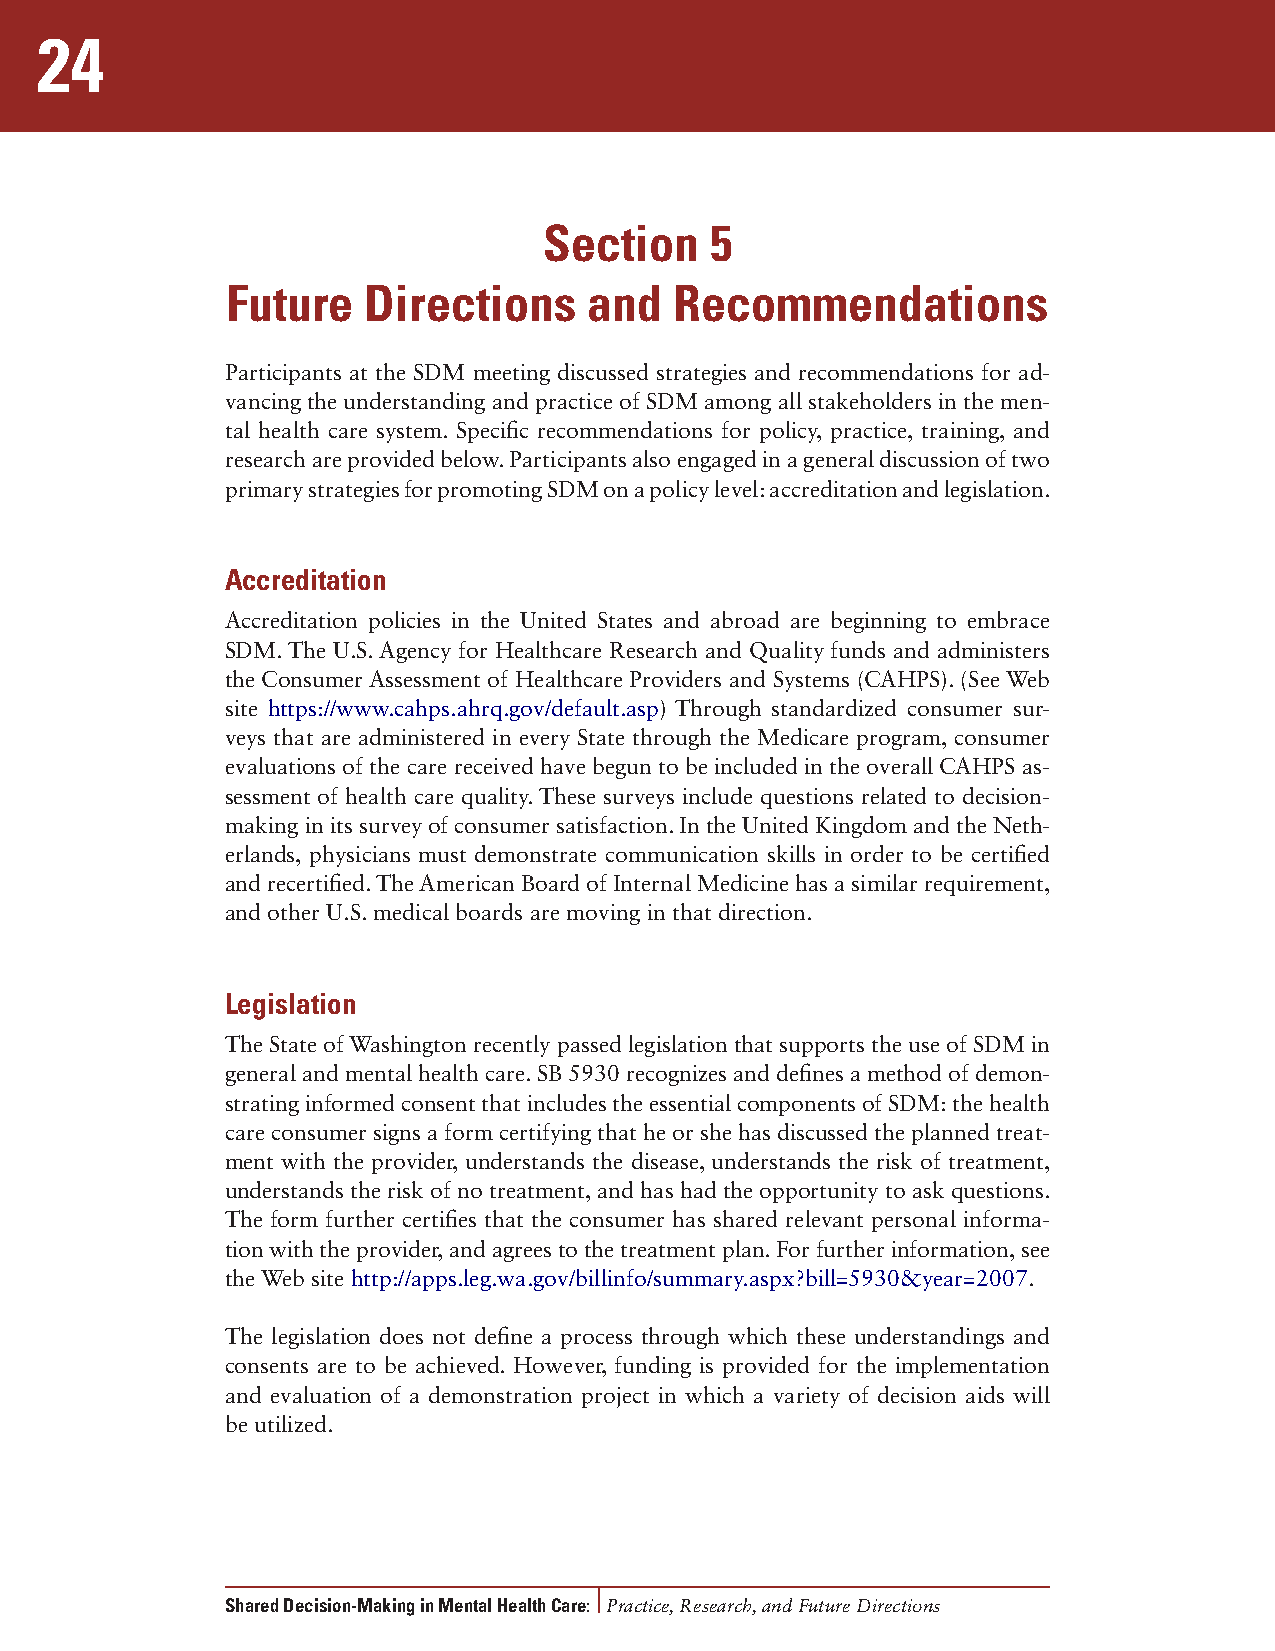
24
 Section    5
 Future   Directions     and   Recommendations
 Participants at the SDM meeting discussed strategies and recommendations for ad-
 vancing the understanding and practice of SDM among all stakeholders in the men-
 tal health care system. Specific recommendations for policy, practice, training, and
 research are provided below. Participants also engaged in a general discussion of two
 primary strategies for promoting SDM on a policy level: accreditation and legislation.
 Accreditation
 Accreditation policies in the United States and abroad are beginning to embrace
 SDM. The U.S. Agency for Healthcare Research and Quality funds and administers
 the Consumer Assessment of Healthcare Providers and Systems (CAHPS). (See Web
 site https://www.cahps.ahrq.gov/default.asp) Through standardized consumer sur-
 veys that are administered in every State through the Medicare program, consumer
 evaluations of the care received have begun to be included in the overall CAHPS as-
 sessment of health care quality. These surveys include questions related to decision-
 making in its survey of consumer satisfaction. In the United Kingdom and the Neth-
 erlands, physicians must demonstrate communication skills in order to be certified
 and recertified. The American Board of Internal Medicine has a similar requirement,
 and other U.S. medical boards are moving in that direction.
 Legislation
 The State of Washington recently passed legislation that supports the use of SDM in
 general and mental health care. SB 5930 recognizes and defines a method of demon-
 strating informed consent that includes the essential components of SDM: the health
 care consumer signs a form certifying that he or she has discussed the planned treat-
 ment with the provider, understands the disease, understands the risk of treatment,
 understands the risk of no treatment, and has had the opportunity to ask questions.
 The form further certifies that the consumer has shared relevant personal informa-
 tion with the provider, and agrees to the treatment plan. For further information, see
 the Web site http://apps.leg.wa.gov/billinfo/summary.aspx?bill=5930&year=2007.
 The legislation does not define a process through which these understandings and
 consents are to be achieved. However, funding is provided for the implementation
 and evaluation of a demonstration project in which a variety of decision aids will
 be utilized.
 Shared Decision-Making in Mental Health Care: Practice, Research, and Future Directions